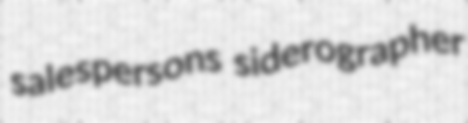
salespersons siderographer